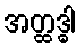
အတ္ထဒ္ဓါ